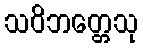
သဝိဘတ္တေသု